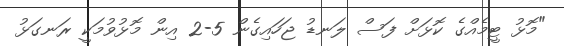
"މޮޅު ޓީމެއްގެ ކޮޅަށް ފަސް ލަނޑު ޖަހައިގެން 5-2 އިން މޮޅުވުމަކީ ރަނގަޅު